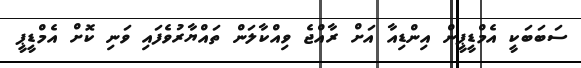
ސަބަބަކީ އެމްޑީޕީން އިންޑިއާ އަށް ރާއްޖެ ވިއްކާލަން ތައްޔާރުވެފައި ވަނި ކޮށް އެމްޑީޕީ